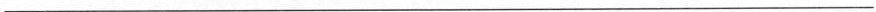
___